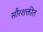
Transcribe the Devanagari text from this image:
सौरशक्तीत